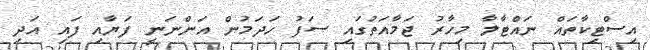
އިސްޓިކާތައް ނައްޓާލާ މިހާރު ޖަމާއަތުގައި ސަފު ހަދަމުން އަންނަނީ ފަޔާއި ފައި އަދި